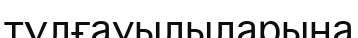
тұлғауылыларына